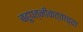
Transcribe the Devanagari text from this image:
बहुपत्नीकत्वाच्या